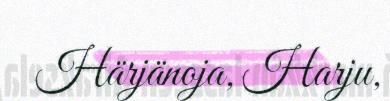
Härjänoja, Harju,